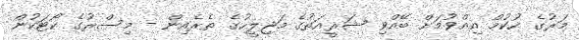
މަރުގެ ހުކުމް އިއްވުމަށް ބޭއްވި ޝަރީއަތުގެ މަޖިލީހުގެ ތެރެއިން - މިސްރުގެ ކޯޓަކުން